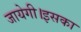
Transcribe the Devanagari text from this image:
जायेगी।इसका